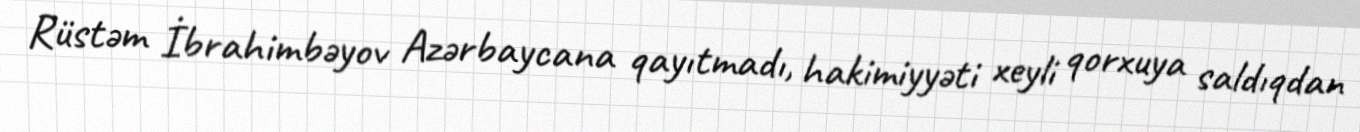
Rüstəm İbrahimbəyov Azərbaycana qayıtmadı, hakimiyyəti xeyli qorxuya saldıqdan